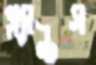
প্ল্যান্টস